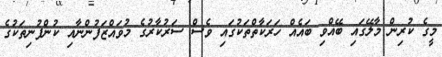
މީގެ ކުރިން މާލޭގައި ބޭއްވި ބައެއް ހަރަކާތްތަކުގައި ވެސް ސަރުކާރުގެ މުވައްޒަފުންނާއި ކުންފުނިތަކުގެ